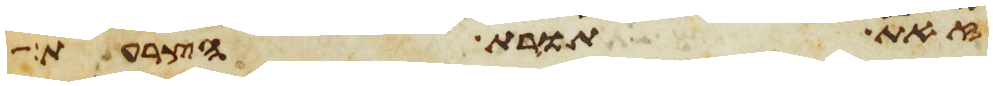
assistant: זאת תורת הצרעת